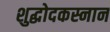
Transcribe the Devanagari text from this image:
शुद्धोदकस्नान